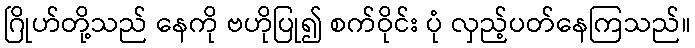
ဂြိုဟ်တို့သည် နေကို ဗဟိုပြု၍ စက်ဝိုင်း ပုံ လှည့်ပတ်နေကြသည်။